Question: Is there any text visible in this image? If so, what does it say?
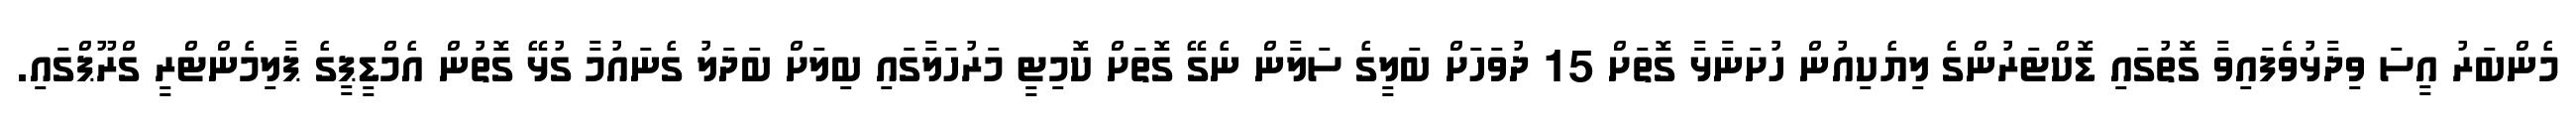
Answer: މެންބަރު އީސަ ވިދާޅުވެފައިވާ ގޮތުގައި ޑޮކްޓަރުންގެ ލިޔެކިއުން ހުށަނާޅާ ގޮތަށް 15 ދުވަހަށް ބަލީގެ ސަލާން ނެގޭ ގޮތަށް ކޮމިޓީ މަރުހަލާގައި ބިލަށް ބަދަލު ގެނައުމާ ގުޅޭ ގޮތުން އެމްޑީޕީގެ ޕާލިމެންޓްރީ ގްރޫޕްގައި.